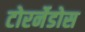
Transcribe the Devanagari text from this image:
टोरर्नेडोस